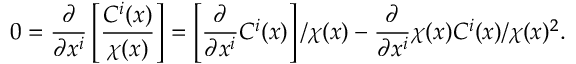
0 = \frac { \partial } { \partial x ^ { i } } \left[ \frac { C ^ { i } ( x ) } { \chi ( x ) } \right] = \left[ \frac { \partial } { \partial x ^ { i } } C ^ { i } ( x ) \right] / \chi ( x ) - \frac { \partial } { \partial x ^ { i } } \chi ( x ) C ^ { i } ( x ) / \chi ( x ) ^ { 2 } .